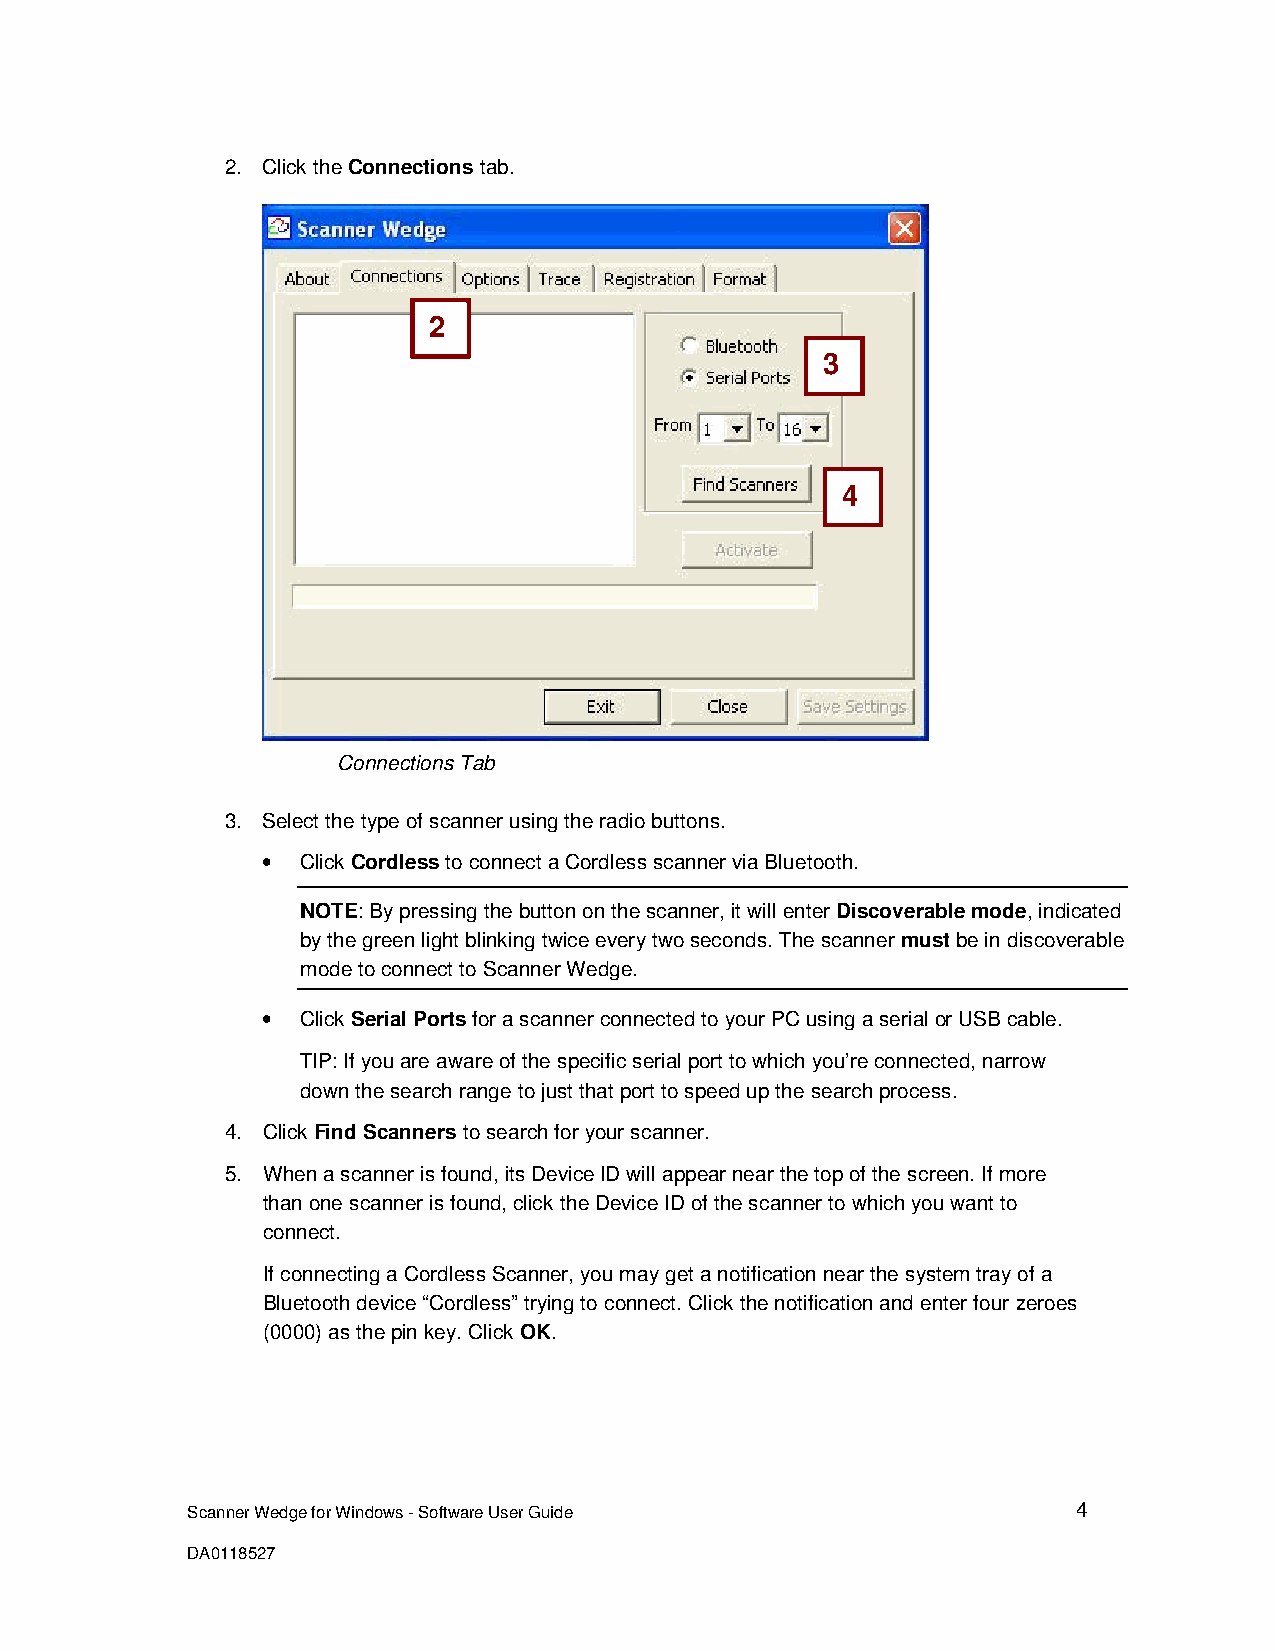
2. Click the Connections tab.
 2
 3
 4
 Connections Tab
 3. Select the type of scanner using the radio buttons.
 •  Click Cordless to connect a Cordless scanner via Bluetooth.
 NOTE: By pressing the button on the scanner, it will enter Discoverable mode, indicated
 by the green light blinking twice every two seconds. The scanner must be in discoverable
 mode to connect to Scanner Wedge.
 •  Click Serial Ports for a scanner connected to your PC using a serial or USB cable.
 TIP: If you are aware of the specific serial port to which you’re connected, narrow
 down the search range to just that port to speed up the search process.
 4. Click Find Scanners to search for your scanner.
 5. When a scanner is found, its Device ID will appear near the top of the screen. If more
 than one scanner is found, click the Device ID of the scanner to which you want to
 connect.
 If connecting a Cordless Scanner, you may get a notification near the system tray of a
 Bluetooth device “Cordless” trying to connect. Click the notification and enter four zeroes
 (0000) as the pin key. Click OK.
 Scanner Wedge for Windows - Software User Guide            4
 DA0118527